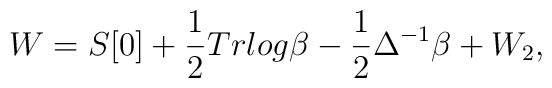
W = S[0] + \frac{1}{2} Tr log \beta - \frac{1}{2} \Delta^{-1} \beta +W_2,